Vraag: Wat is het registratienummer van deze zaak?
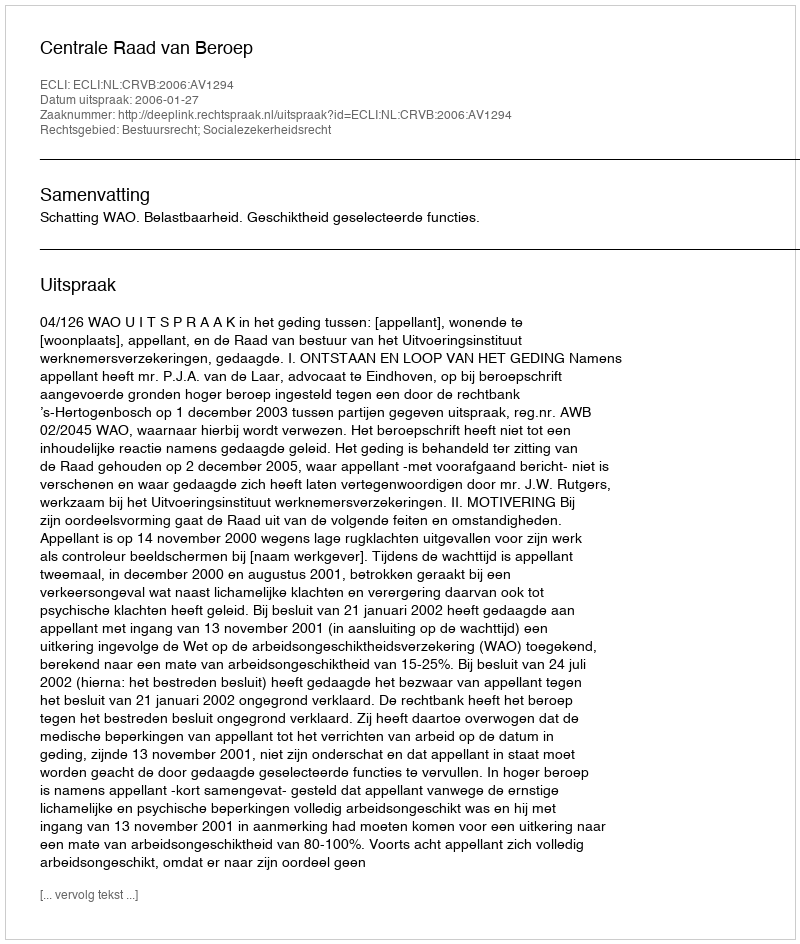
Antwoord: http://deeplink.rechtspraak.nl/uitspraak?id=ECLI:NL:CRVB:2006:AV1294